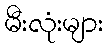
မီးလုံးများ